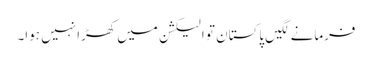
فرمانے لگیں پاکستان تو الیکشن میں کھڑا نہیں ہوا۔